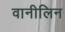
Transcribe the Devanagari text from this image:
वानीलिन